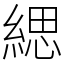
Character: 緦